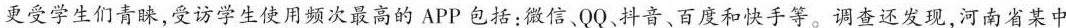
更受学生们青睐，受访学生使用频次最高的 APP 包括：微信、QQ、抖音、百度和快手等。调查还发现，河南省某中